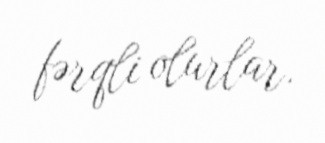
fərqli olurlar.